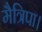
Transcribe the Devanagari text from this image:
मैत्रिपा।